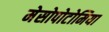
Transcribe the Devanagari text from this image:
मेसोपोटोमिया